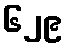
၆၂၉